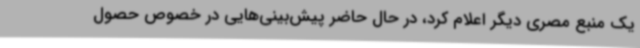
یک منبع مصری دیگر اعلام کرد، در حال حاضر پیش‌بینی‌هایی در خصوص حصول